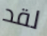
لقد